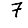
Digit: 7